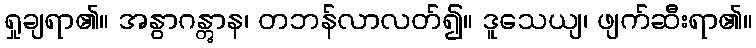
ရှုချရာ၏။ အနွာဂန္တွာန၊ တဘန်လာလတ်၍။ ဒူသေယျ၊ ဖျက်ဆီးရာ၏။